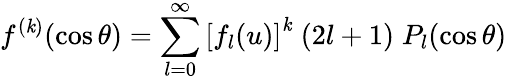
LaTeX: f^{(\mathit{k})}(\cos\theta)=\sum_{l=0}^{\infty}\left[f_{l}(u)\right]^{\mathit{k}}\; (2l+1)\; P_{l}(\cos\theta)